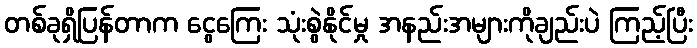
တစ်ခုရှိပြန်တာက ငွေကြေး သုံးစွဲနိုင်မှု အနည်းအများကိုချည်းပဲ ကြည့်ပြီး